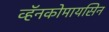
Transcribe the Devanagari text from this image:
व्हॅनकोमायसिन